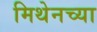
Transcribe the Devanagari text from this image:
मिथेनच्या